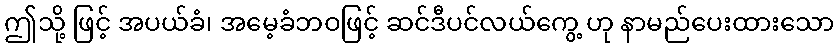
ဤသို့ ဖြင့် အပယ်ခံ၊ အမေ့ခံဘဝဖြင့် ဆင်ဒီပင်လယ်ကွေ့ ဟု နာမည်ပေးထားသော